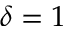
\delta = 1